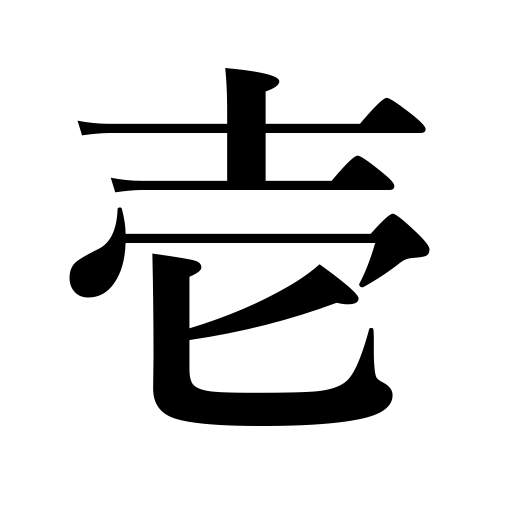
Meanings: one